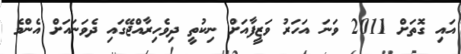
އައި ގޮތަށް 2011 ވަަނަ އަހަރު ވަޒީފާއަށް ނިކުތީ ދިވެހިރާއްޖޭގައި ދެވަނައަށް އެންމެ